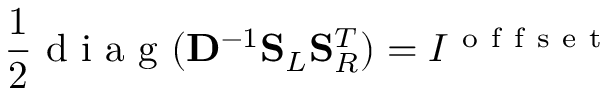
\frac { 1 } { 2 } \mathrm { ~ d ~ i ~ a ~ g ~ } ( \mathbf { D } ^ { - 1 } \mathbf { S } _ { L } \mathbf { S } _ { R } ^ { T } ) = I ^ { \mathrm { ~ o ~ f ~ f ~ s ~ e ~ t ~ } }